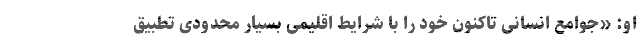
او: «جوامع انسانی تاکنون خود را با شرایط اقلیمی بسیار محدودی تطبیق